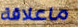
ماعلاقة